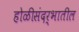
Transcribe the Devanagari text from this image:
होळीसंदर्भातील